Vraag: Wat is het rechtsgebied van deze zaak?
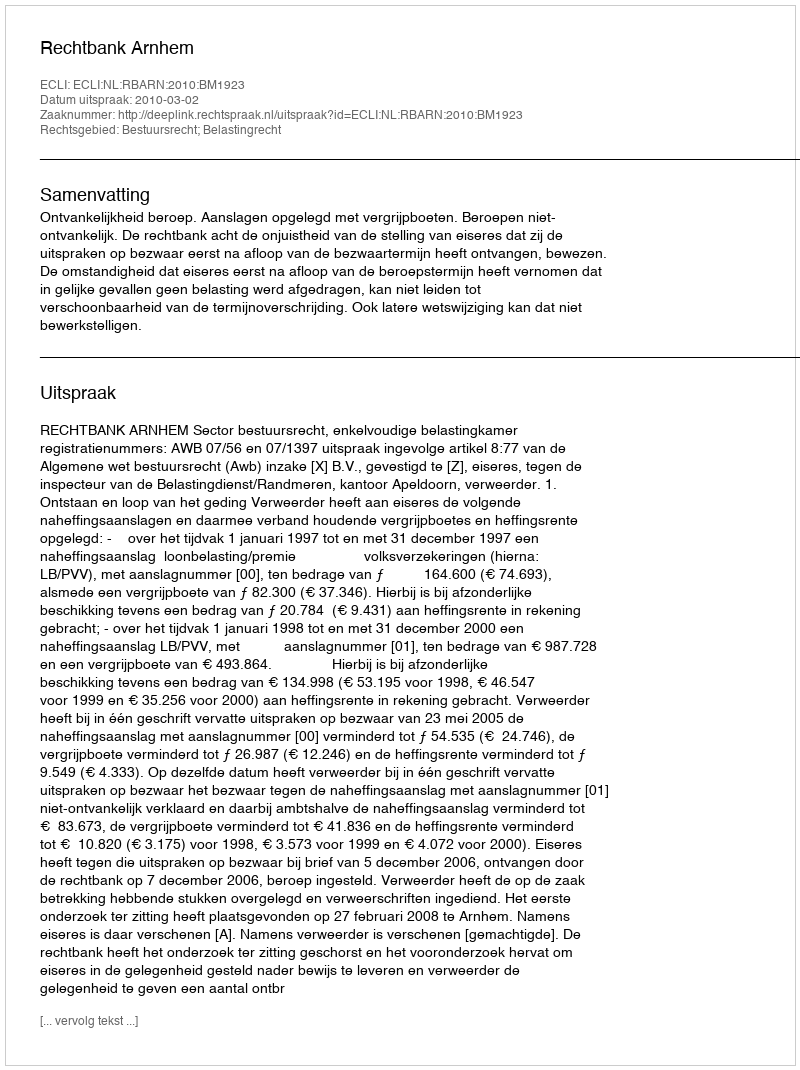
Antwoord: Bestuursrecht; Belastingrecht